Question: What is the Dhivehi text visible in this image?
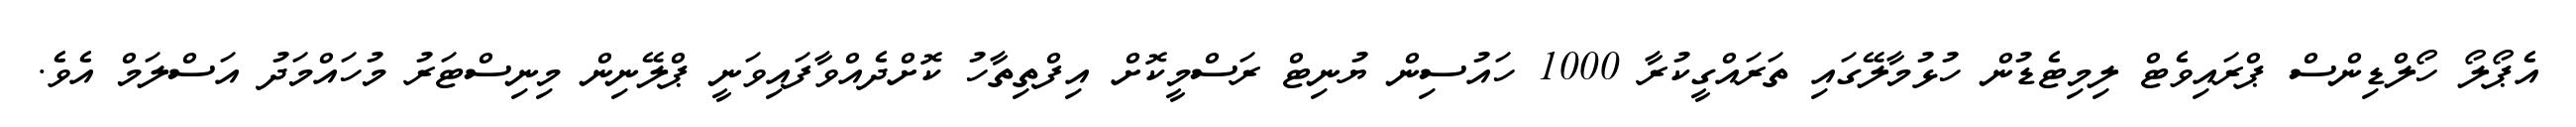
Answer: އެޕޯލޯ ހޯލްޑިންސް ޕްރައިވެޓް ލިމިޓެޑުން ހުޅުމާލޭގައި ތަރައްގީކުރާ 1000 ހައުސިން ޔުނިޓް ރަސްމީކޮށް އިފްތިތާހު ކޮށްދެއްވާފައިވަނީ ޕްލޭނިން މިނިސްޓަރު މުހައްމަދު އަސްލަމް އެވެ.